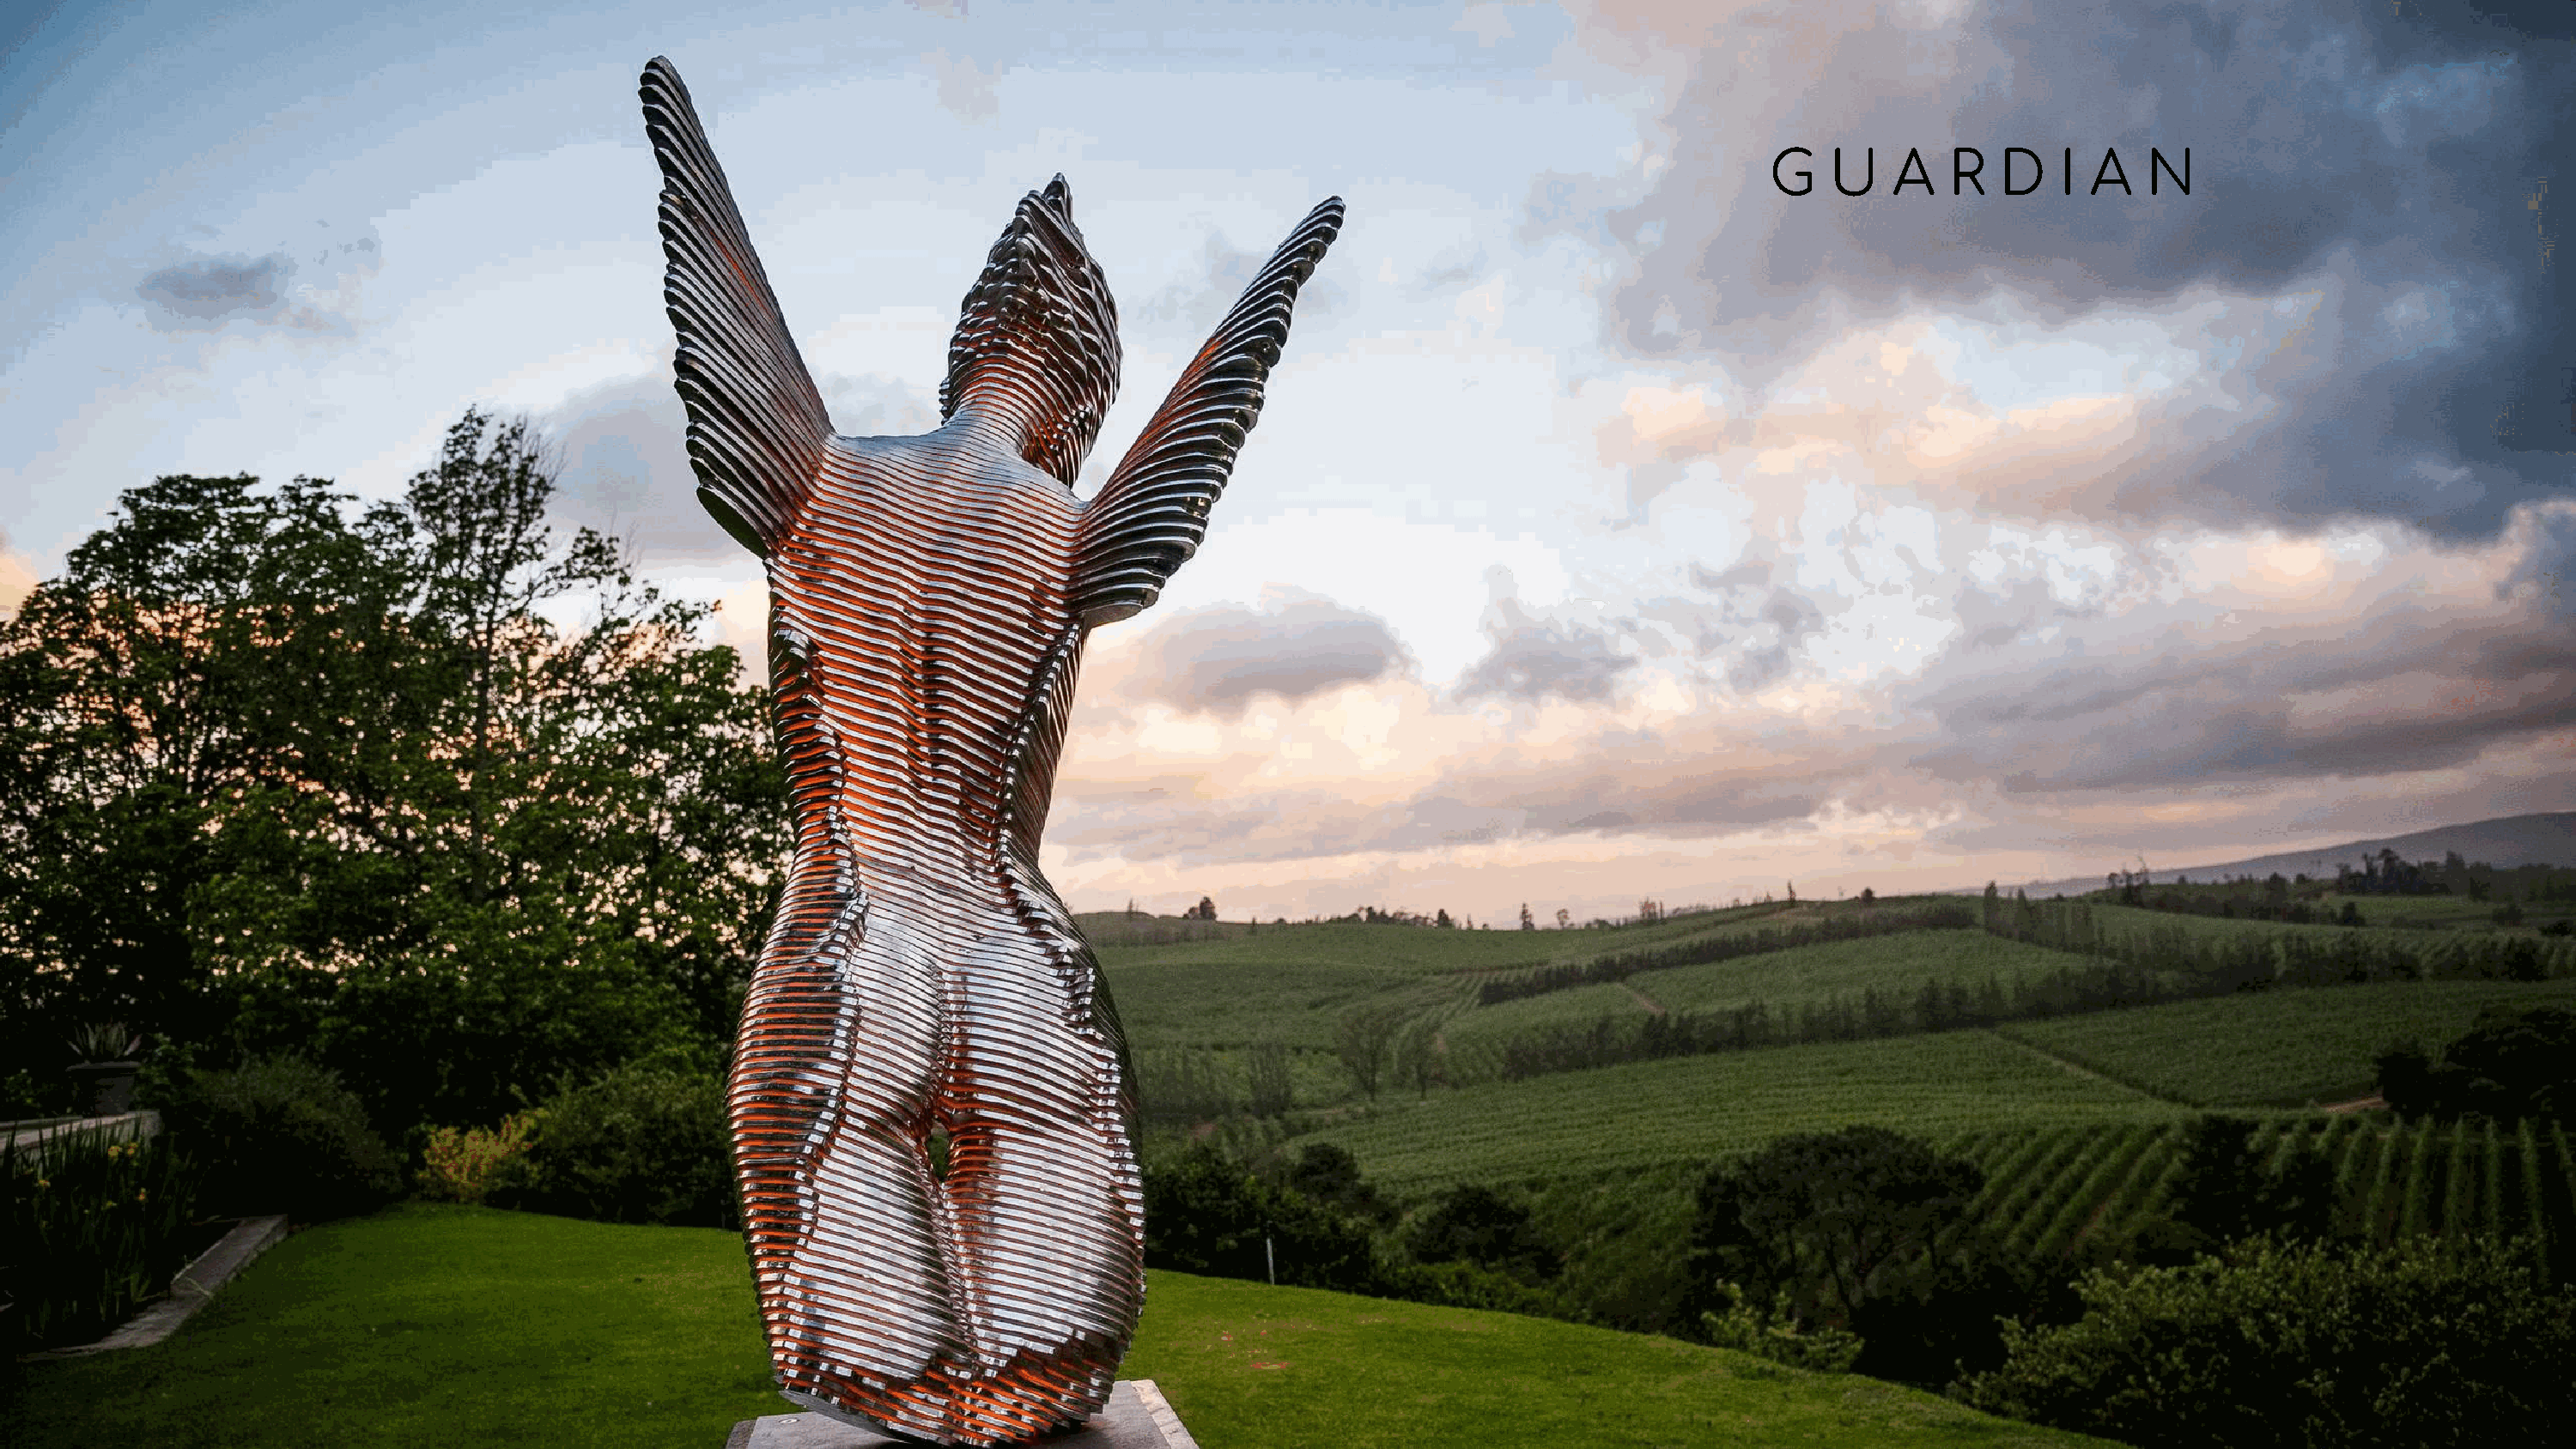
G    U    A   R   D    I A   N